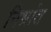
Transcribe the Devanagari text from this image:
निभ्रांत